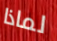
لماذا